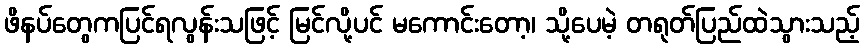
ဖိနပ်တွေကပြင်ရလွန်းသဖြင့် မြင်လို့ပင် မကောင်းတော့၊ သို့ပေမဲ့ တရုတ်ပြည်ထဲသွားသည့်